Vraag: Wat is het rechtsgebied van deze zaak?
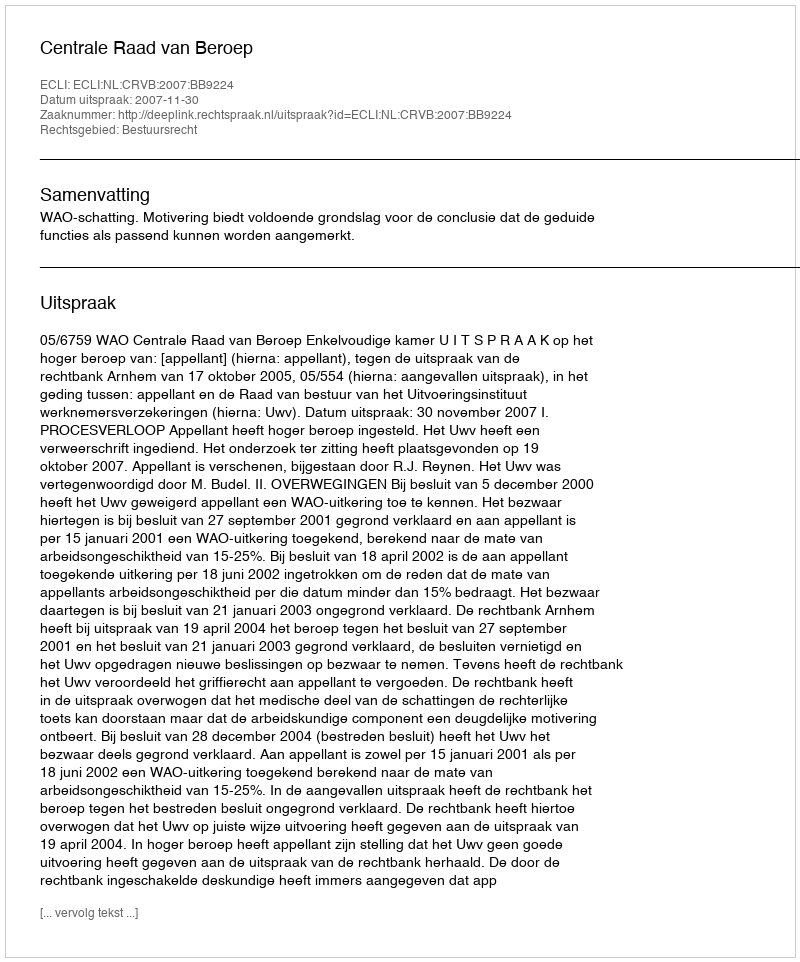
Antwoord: Bestuursrecht